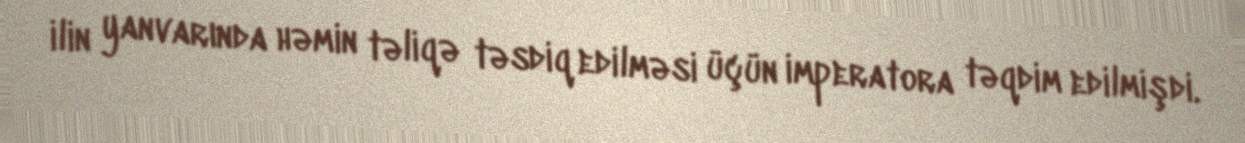
ilin yanvarında həmin təliqə təsdiq edilməsi üçün imperatora təqdim edilmişdi.